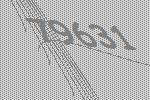
79631